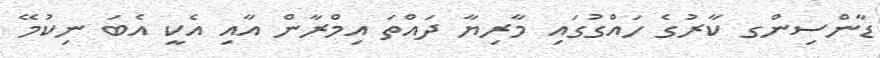
ޑާންސިންގ ކާރުގެ ހައްގުގައި މާރިޔާ ދައްތަ އިމްރާން އާއި އެކީ އެބަ ނިކުމޭ